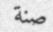
صنة